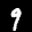
Label: 9